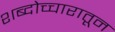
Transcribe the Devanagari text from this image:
शब्दोच्चारातून